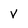
Character: v